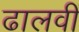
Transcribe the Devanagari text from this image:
ढालवीं